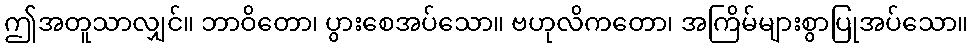
ဤအတူသာလျှင်။ ဘာဝိတော၊ ပွားစေအပ်သော။ ဗဟုလိကတော၊ အကြိမ်များစွာပြုအပ်သော။